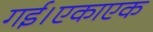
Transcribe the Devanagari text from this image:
गई।एकाएक